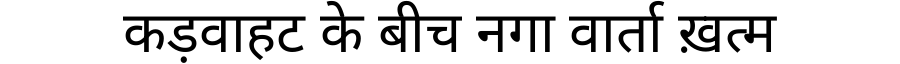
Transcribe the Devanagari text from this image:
कड़वाहट के बीच नगा वार्ता ख़त्म